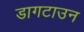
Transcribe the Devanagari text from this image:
डागटाउन